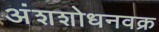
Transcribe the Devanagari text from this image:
अंशशोधनवक्र